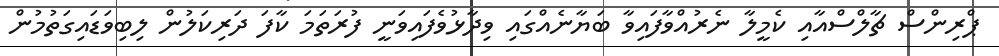
ޕްރިންސް ޗާލްސްއާއި ކެމީލާ ނެރުއްވާފައިވާ ބަޔާނެއްގައި ވިދާޅުވެފައިވަނީ ފުރަތަމަ ކާފަ ދަރިކަލުން ލިބިވަޑައިގަތުމުން